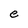
Character: e